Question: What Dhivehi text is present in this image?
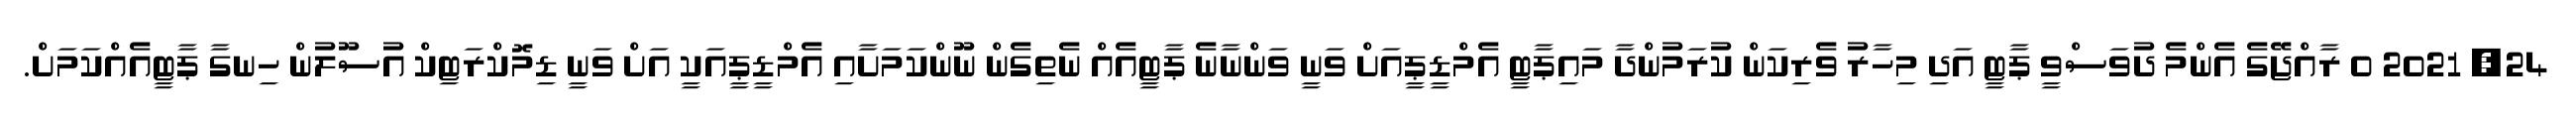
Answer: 24, 2021 0 ރާއްޖޭގެ އެންމެ ދުވަސްވީ ޕާޓީ އަދި މިހާރު ވެރިކަން ކުރަމުންދާ މައިޕާޓީ އެމްޑީޕީއަށް ވަނީ ވަންނާނެ ޕާޓީއެއް ނެތިގެން ނޫންކަމަށާއި އެމްޑީޕީއަކީ އަށް ވަނީ ޑިމޮކްރަޓިކް އުސޫލުން ހިނގާ ޕާޓީއެއްކަމަށް.